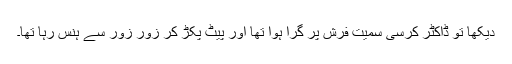
دیکھا تو ڈاکٹر کرسی سمیت فرش پر گرا ہوا تھا اور پیٹ پکڑ کر زور زور سے ہنس رہا تھا۔